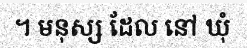
។ មនុស្ស ដែល នៅ ឃុំ